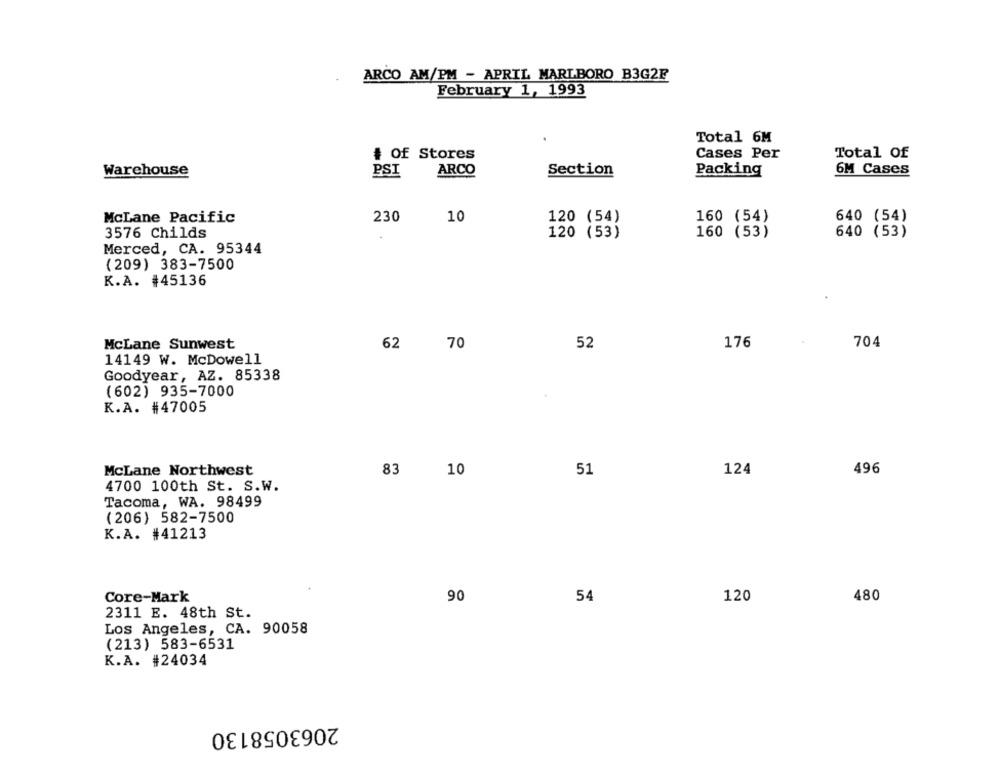
ARCO AM/PM - APRIL MARLBORO B3G2F
February 1, 1993
Total 6M
Of Stores
Cases Per
Total Of
Warehouse
ARCO
Section
Packing
6M Cases
PSI
230
10
160 (54)
640 (54)
McLane Pacific
120 (54)
3576 Childs
160 (53)
120 (53)
640 (53)
Merced, CA. 95344
(209) 383-7500
K.A. #45136
176
704
McLane Sunwest
62
70
52
14149 W. McDowell
Goodyear, AZ. 85338
(602) 935-7000
K.A. #47005
McLane Northwest
83
10
51
124
496
4700 100th St. S.W.
Tacoma, WA. 98499
(206) 582-7500
K.A. #41213
Core-Mark
90
54
120
480
2311 E. 48th St.
Los Angeles, CA. 90058
(213) 583-6531
K.A. #24034
2063058130